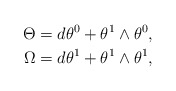
\begin{align*}\Theta&=d\theta^0+\theta^1\wedge\theta^0,\\*\Omega&=d\theta^1+\theta^1\wedge\theta^1,\end{align*}